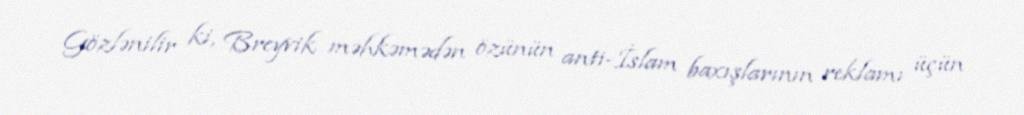
Gözlənilir ki, Breyvik məhkəmədən özünün anti-İslam baxışlarının reklamı üçün